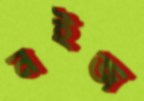
নইজ